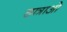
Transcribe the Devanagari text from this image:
छात्राओ